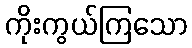
ကိုးကွယ်ကြသော